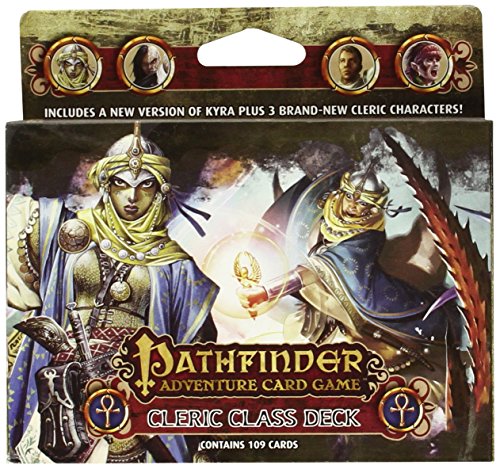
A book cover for Pathfinder Adventure Card Game: Cleric Class Deck (Pathfinder Adventure Deck); Mike Selinker; Science Fiction & Fantasy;